Annual report of the Punjab Veterinary College and of the Civil Veterinary Department, Punjab - 1909-1919
Year: 1909
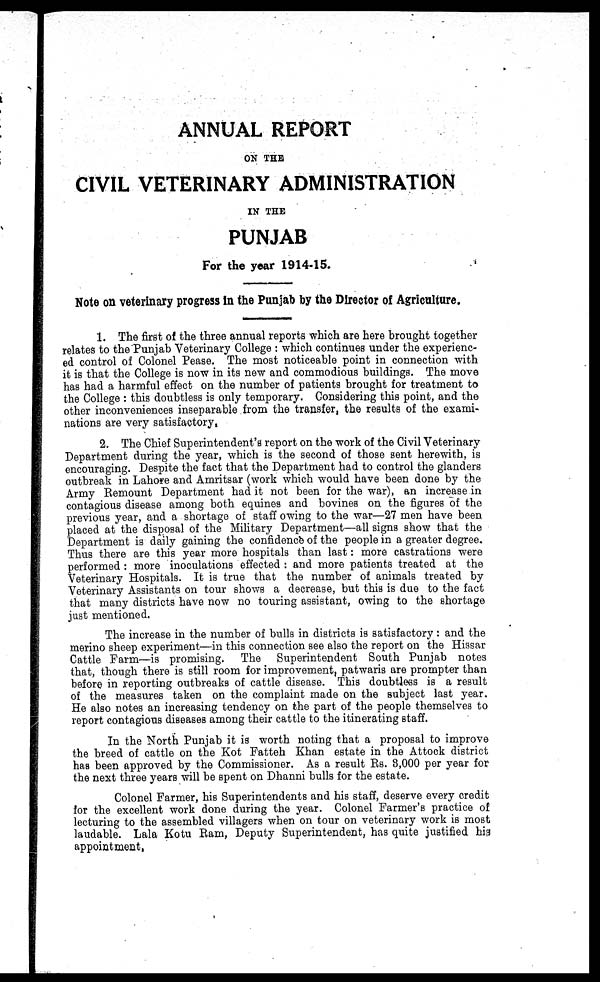
ANNUAL REPORT
ON THE
CIVIL VETERINARY ADMINISTRATION
IN THE
PUNJAB
For the year 1914-15.
Note on veterinary progress in the Punjab by the Director of Agriculture.
1. The first of the three annual reports which are here brought together
relates to the Punjab Veterinary College: which continues under the experienc-
ed control of Colonel Pease. The most noticeable point in connection with
it is that the College is now in its new and commodious buildings. The move
has had a harmful effect on the number of patients brought for treatment to
the College: this doubtless is only temporary. Considering this point, and the
other inconveniences inseparable from the transfer, the results of the exami-
nations are very satisfactory,
2. The Chief Superintendent's report on the work of the Civil Veterinary
Department during the year, which is the second of those sent herewith, is
encouraging. Despite the fact that the Department had to control the glanders
outbreak in Lahore and Amritsar (work which would have been done by the
Army Remount Department had it not been for the war), an increase in
contagious disease among both equines and bovines on the figures of the
previous year, and a shortage of staff owing to the war—27 men have been
placed at the disposal of the Military Department—all signs show that the
Department is daily gaining the confidence of the people in a greater degree.
Thus there are this year more hospitals than last: more castrations were
performed: more inoculations effected: and more patients treated at the
Veterinary Hospitals. It is true that the number of animals treated by
Veterinary Assistants on tour shows a decrease, but this is due to the fact
that many districts have now no touring assistant, owing to the shortage
just mentioned.
The increase in the number of bulls in districts is satisfactory: and the
merino sheep experiment—in this connection see also the report on the Hissar
Cattle Farm—is promising. The Superintendent South Punjab notes
that, though there is still room for improvement, patwaris are prompter than
before in reporting outbreaks of cattle disease. This doubtless is a result
of the measures taken on the complaint made on the subject last year.
He also notes an increasing tendency on the part of the people themselves to
report contagious diseases among their cattle to the itinerating staff.
In the North Punjab it is worth noting that a proposal to improve
the breed of cattle on the Kot Fatteh Khan estate in the Attock district
has been approved by the Commissioner. As a result Rs. 3,000 per year for
the next three years will be spent on Dhanni bulls for the estate.
Colonel Farmer, his Superintendents and his staff, deserve every credit
for the excellent work done during the year. Colonel Farmer's practice of
lecturing to the assembled villagers when on tour on veterinary work is most
laudable. Lala Kotu Ram, Deputy Superintendent, has quite justified his
appointment.